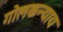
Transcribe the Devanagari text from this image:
गोलकन्याय